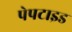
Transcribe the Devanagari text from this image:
पेपटाइड